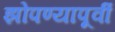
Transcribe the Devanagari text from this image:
झोपण्यापूर्वी